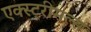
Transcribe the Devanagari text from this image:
एक्स्ट्रीमल्स